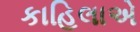
કાહિલાએ